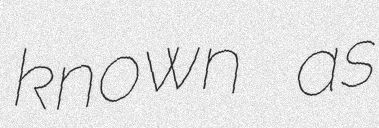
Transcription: known as